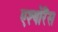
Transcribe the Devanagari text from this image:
एश्योरैंस